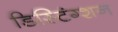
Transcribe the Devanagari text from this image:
डिस्टिंग्शन